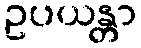
ဥပယန္တာ